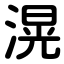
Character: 滉